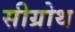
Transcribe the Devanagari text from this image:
सीग्रोथ